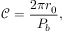
\mathscr { C } = \frac { 2 \pi r _ { 0 } } { P _ { b } } ,